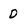
Character: D